Vaccine operations Central Provinces 1868-1885 - 1868-1885
Year: 1868
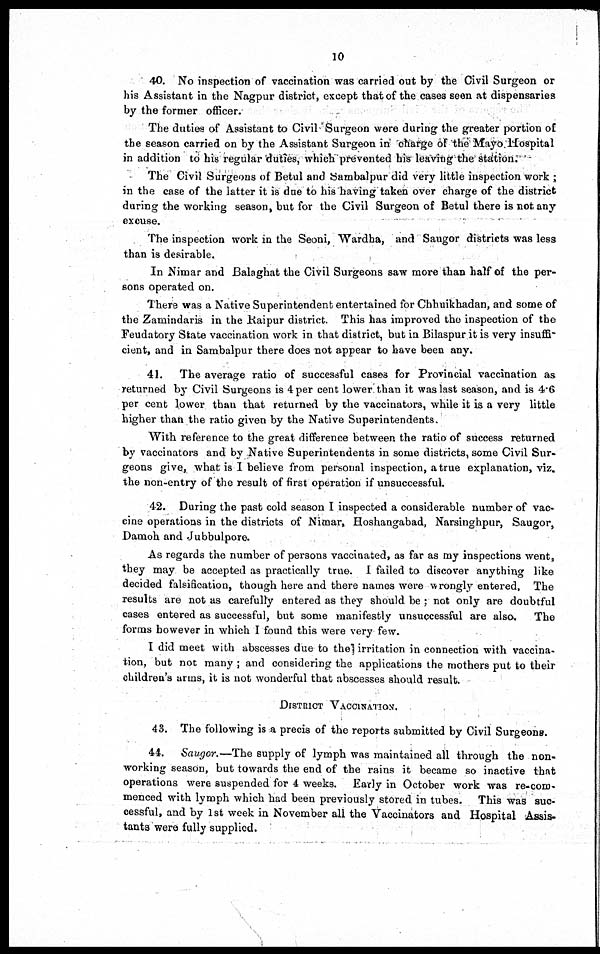
10
40. No inspection of vaccination was carried out by the Civil Surgeon or
his Assistant in the Nagpur district, except that of the cases seen at dispensaries
by the former officer.
The duties of Assistant to Civil Surgeon were during the greater portion of
the season carried on by the Assistant Surgeon in charge of the Mayo Hospital
in addition to his regular duties, which prevented his leavrag the station.
The Civil Surgeons of Betul and Sambalpur did very little inspection work ;
in the case of the latter it is due to his having taken over charge of the district
during the working season, but for the Civil Surgeon of Betul there is not any
excuse.
The inspection work in the Seoni, Wardha, and Saugor districts was less
than is desirable.
In Nimar and Balaghat the Civil Surgeons saw more than half of the per-
sons operated on.
There was a Native Superintendent entertained for Chhuikhadan, and some of
the Zamindaris in the Raipur district. This has improved the inspection of the
Feudatory State vaccination work in that district, but in Bilaspur it is very insuffi-
cient, and in Sambalpur there does not appear to have been any.
41. The average ratio of successful cases for Provincial vaccination as
returned by Civil Surgeons is 4 per cent lower than it was last season, and is 4.6
per cent lower than that returned by the vaccinators, while it is a very little
higher than the ratio given by the Native Superintendents.
With reference to the great difference between the ratio of success returned
by vaccinators and by Native Superintendents in some districts, some Civil Sur-
geons give, what is I believe from personal inspection, a true explanation, viz.
the non-entry of the result of first operation if unsuccessful.
42. During the past cold season I inspected a considerable number of vac-
cine operations in the districts of Nimar, Hoshangabad, Narsinghpur, Saugor,
Damoh and Jubbulpore.
As regards the number of persons vaccinated, as far as my inspections went,
they may be accepted as practically true. I failed to discover anything like
decided falsification, though here and there names were wrongly entered, The
results are not as carefully entered as they should be ; not only are doubtful
cases entered as successful, but some manifestly unsuccessful are also. The
forms however in which I found this were very few.
I did meet with abscesses due to the irritation in connection with vaccina-
tion, but not many ; and considering the applications the mothers put to their
children's arms, it is not wonderful that abscesses should result.
DISTRICT VACCINATION.
43. The following is a precis of the reports submitted by Civil Surgeons.
44. Saugor.—The supply of lymph was maintained all through the non-
working season, but towards the end of the rains it became so inactive that
operations were suspended for 4 weeks. Early in October work was re-com-
menced with lymph which had been previously stored in tubes. This was suc-
cessful, and by 1st week in November all the Vaccinators and Hospital Assis-
tants were fully supplied.